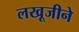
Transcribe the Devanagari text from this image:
लखूजीने